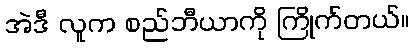
အဲဒီ လူက စည်ဘီယာကို ကြိုက်တယ်။